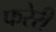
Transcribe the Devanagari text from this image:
फरेरी